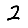
Digit: 2